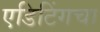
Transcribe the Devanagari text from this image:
एडिटिंगचा